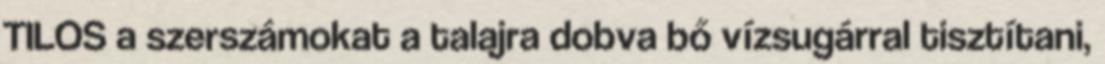
TILOS a szerszámokat a talajra dobva bő vízsugárral tisztítani,